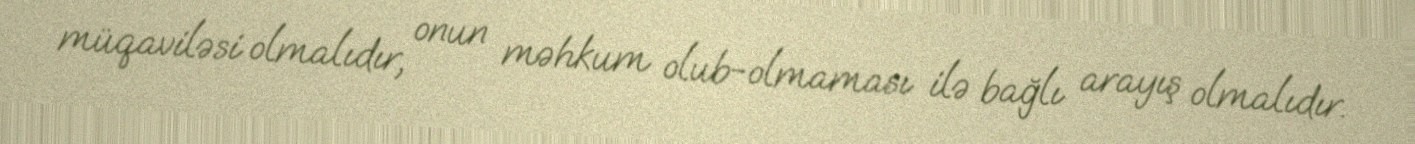
müqaviləsi olmalıdır, onun məhkum olub-olmaması ilə bağlı arayış olmalıdır.